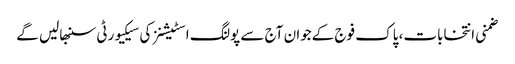
ضمنی انتخابات، پاک فوج کےجوان آج سے پولنگ اسٹیشنز کی سیکیورٹی سنبھالیں گے